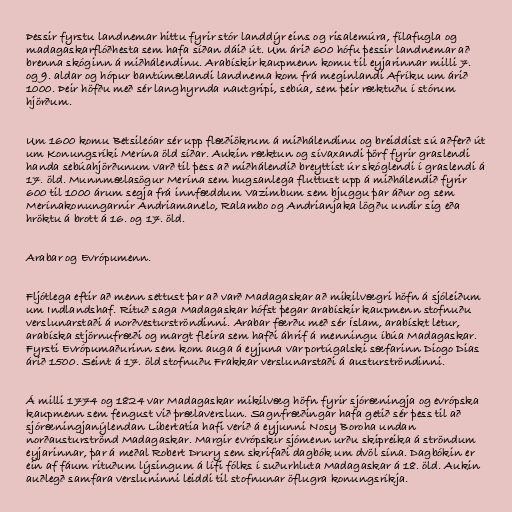
Þessir fyrstu landnemar hittu fyrir stór landdýr eins og risalemúra, fílafugla og
madagaskarflóðhesta sem hafa síðan dáið út. Um árið 600 hófu þessir landnemar að
brenna skóginn á miðhálendinu. Arabískir kaupmenn komu til eyjarinnar milli 7.
og 9. aldar og hópur bantúmælandi landnema kom frá meginlandi Afríku um árið
1000. Þeir höfðu með sér langhyrnda nautgripi, sebúa, sem þeir ræktuðu í stórum
hjörðum.

Um 1600 komu Betsileóar sér upp flæðiökrum á miðhálendinu og breiddist sú aðferð út
um Konungsríki Merína öld síðar. Aukin ræktun og sívaxandi þörf fyrir graslendi
handa sebúahjörðunum varð til þess að miðhálendið breyttist úr skóglendi í graslendi á
17. öld. Munnmælasögur Merína sem hugsanlega fluttust upp á miðhálendið fyrir
600 til 1000 árum segja frá innfæddum Vazimbum sem bjuggu þar áður og sem
Merínakonungarnir Andriamanelo, Ralambo og Andrianjaka lögðu undir sig eða
hröktu á brott á 16. og 17. öld.

Arabar og Evrópumenn.

Fljótlega eftir að menn settust þar að varð Madagaskar að mikilvægri höfn á sjóleiðum
um Indlandshaf. Rituð saga Madagaskar hófst þegar arabískir kaupmenn stofnuðu
verslunarstaði á norðvesturströndinni. Arabar færðu með sér Íslam, arabískt letur,
arabíska stjörnufræði og margt fleira sem hafði áhrif á menningu íbúa Madagaskar.
Fyrsti Evrópumaðurinn sem kom auga á eyjuna var portúgalski sæfarinn Diogo Dias
árið 1500. Seint á 17. öld stofnuðu Frakkar verslunarstaði á austurströndinni.

Á milli 1774 og 1824 var Madagaskar mikilvæg höfn fyrir sjóræningja og evrópska
kaupmenn sem fengust við þrælaverslun. Sagnfræðingar hafa getið sér þess til að
sjóræningjanýlendan Libertatia hafi verið á eyjunni Nosy Boroha undan
norðausturströnd Madagaskar. Margir evrópskir sjómenn urðu skipreika á ströndum
eyjarinnar, þar á meðal Robert Drury sem skrifaði dagbók um dvöl sína. Dagbókin er
ein af fáum rituðum lýsingum á lífi fólks í suðurhluta Madagaskar á 18. öld. Aukin
auðlegð samfara versluninni leiddi til stofnunar öflugra konungsríkja.